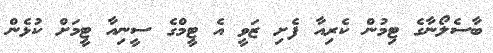
ބާސެލޯނާގެ ޓިމުން ކެރިއާ ފެށި ޒަވީ އެ ޓީމްގެ ސީނިއާ ޓީމަށް ކުޅެން